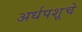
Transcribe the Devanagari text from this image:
अर्धपशूचे